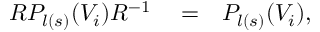
\begin{array} { r l r } { { \cal { R } } P _ { l ( s ) } ( V _ { i } ) { \cal { R } } ^ { - 1 } } & { { } = } & { P _ { l ( s ) } ( V _ { i } ) , } \end{array}